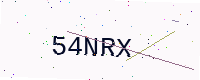
Text: 54NRX